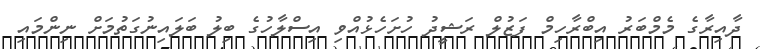
ދާއިރާގެ މެމްބަރު އިބްރާހިމް ފަޒުލް ރަޝީދު ހުށަހެޅުއްވި އިސްލާހުގެ ބިލު ބަލައިނުގަތުމަށް ނިންމައި